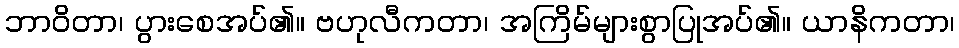
ဘာဝိတာ၊ ပွားစေအပ်၏။ ဗဟုလီကတာ၊ အကြိမ်များစွာပြုအပ်၏။ ယာနိကတာ၊